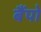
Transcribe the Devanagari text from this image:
बैंपो